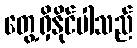
တွေ့ရှိနိုင်ပါသည်